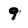
Character: 9